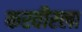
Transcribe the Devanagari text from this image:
करवीरला